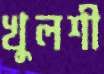
খুলশী